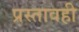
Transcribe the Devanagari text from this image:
प्रस्तावही